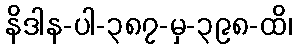
နိဒါန-ပါ-၃၈၇-မှ-၃၉၈-ထိ၊